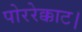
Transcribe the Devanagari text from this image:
पोररेक्काट।